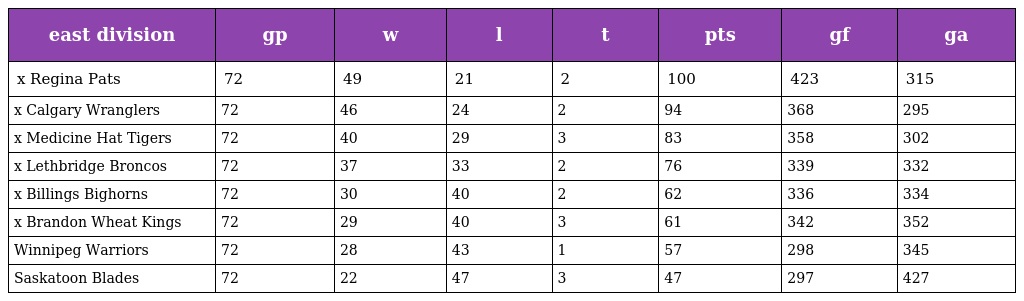
| east division | gp | w | l | t | pts | gf | ga |
 | --- | --- | --- | --- | --- | --- | --- | --- |
 | x Regina Pats | 72 | 49 | 21 | 2 | 100 | 423 | 315 |
 | x Calgary Wranglers | 72 | 46 | 24 | 2 | 94 | 368 | 295 |
 | x Medicine Hat Tigers | 72 | 40 | 29 | 3 | 83 | 358 | 302 |
 | x Lethbridge Broncos | 72 | 37 | 33 | 2 | 76 | 339 | 332 |
 | x Billings Bighorns | 72 | 30 | 40 | 2 | 62 | 336 | 334 |
 | x Brandon Wheat Kings | 72 | 29 | 40 | 3 | 61 | 342 | 352 |
 | Winnipeg Warriors | 72 | 28 | 43 | 1 | 57 | 298 | 345 |
 | Saskatoon Blades | 72 | 22 | 47 | 3 | 47 | 297 | 427 |